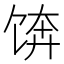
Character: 𱃼